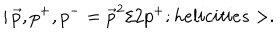
| \, \vec { p } , p ^ { + } , p ^ { - } = \vec { p } ^ { 2 } / 2 p ^ { + } ; h e l i c i t i e s > .